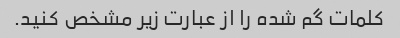
کلمات گم شده را از عبارت زیر مشخص کنید.